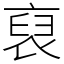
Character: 裒